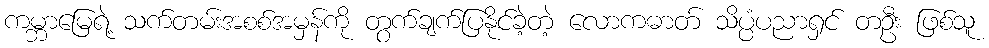
ကမ္ဘာမြေရဲ့ သက်တမ်းအစစ်အမှန်ကို တွက်ချက်ပြနိုင်ခဲ့တဲ့ လောကဓာတ် သိပ္ပံပညာရှင် တဦး ဖြစ်သူ